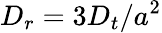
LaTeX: D_{r}=3D_{t}/a^{2}